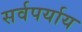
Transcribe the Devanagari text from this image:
सर्वपर्याय